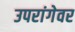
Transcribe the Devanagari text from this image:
उपरांगेवर